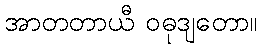
အာတတာယီ ဝဓုဒျတော။